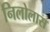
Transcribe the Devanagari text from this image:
निलोलास